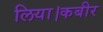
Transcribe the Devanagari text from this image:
लिया।कबीर